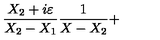
\frac { X _ { 2 } + i \varepsilon } { X _ { 2 } - X _ { 1 } } \frac { 1 } { X - X _ { 2 } } +